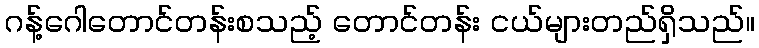
ဂန့်ဂေါတောင်တန်းစသည့် တောင်တန်း ငယ်များတည်ရှိသည်။